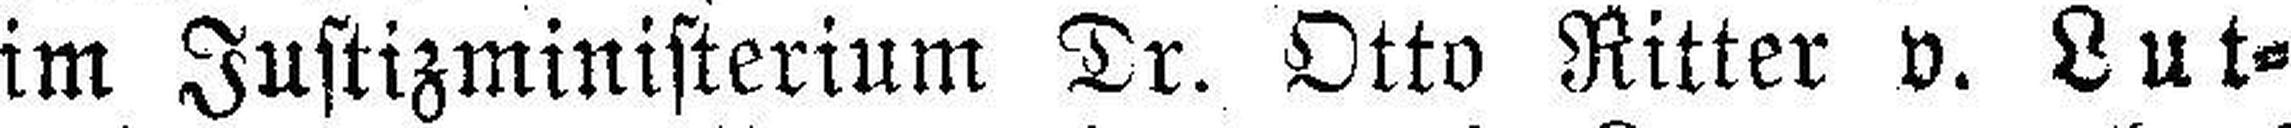
im Justizministerium Dr. Otto Ritter v. Lut¬